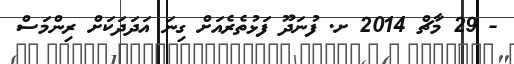
- 29 މާޗް 2014 ށ. ފުނަދޫ ފަޅުތެރެއަށް ގިނަ އަދަދަކަށް ރިންމަސް